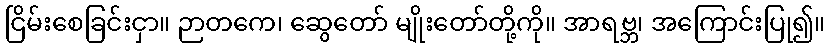
ငြိမ်းစေခြင်းငှာ။ ဉာတကေ၊ ဆွေတော် မျိုးတော်တို့ကို။ အာရဗ္ဘ၊ အကြောင်းပြု၍။